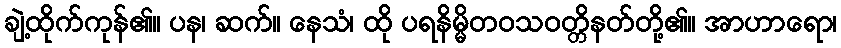
ချဲ့ထိုက်ကုန်၏။ ပန၊ ဆက်။ နေသံ၊ ထို ပရနိမ္မိတဝသဝတ္တိနတ်တို့၏။ အာဟာရော၊